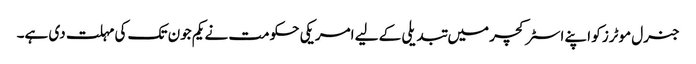
جنرل موٹرز کو اپنے اسٹرکچر میں تبدیلی کے لیے امریکی حکومت نے یکم جون تک کی مہلت دی ہے۔